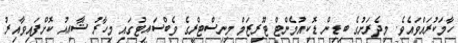
ހާމަކުރައްވައެވެ. މިދެރަށުގެ ބިޑިން ޑޮކިއުމެންޓް ޓޫރިޒަމް މިނިސްޓްރީގެ ވެބްސައިޓުގައި މިހާރު ޝާއިއު ކޮށްފައިވާއިރު